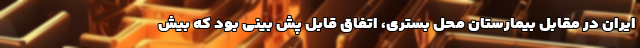
ایران در مقابل بیمارستان محل بستری، اتفاق قابل پش بینی بود که بیش